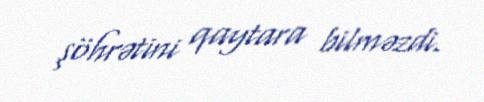
şöhrətini qaytara bilməzdi.